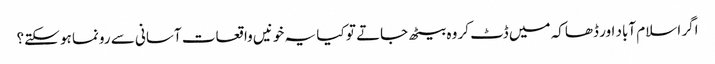
اگر اسلام آباد اور ڈھاکہ میں ڈٹ کر وہ بیٹھ جاتے تو کیا یہ خونیں واقعات آسانی سے رونما ہو سکتے؟